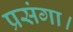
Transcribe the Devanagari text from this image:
प्रसंगा।